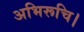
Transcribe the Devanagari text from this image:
अभिरूचि।